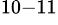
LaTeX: ^{10-11}